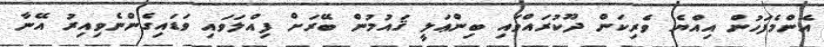
އެންމެފަހުން އިއްޔެ ވެރިކަން ދޫކުރައްވައި ބިންޢަލީ ޤައުމުން ބޭރަށް ފިއްލަވައި ވަޑައިގެންނެވިއިރު އޭނާ